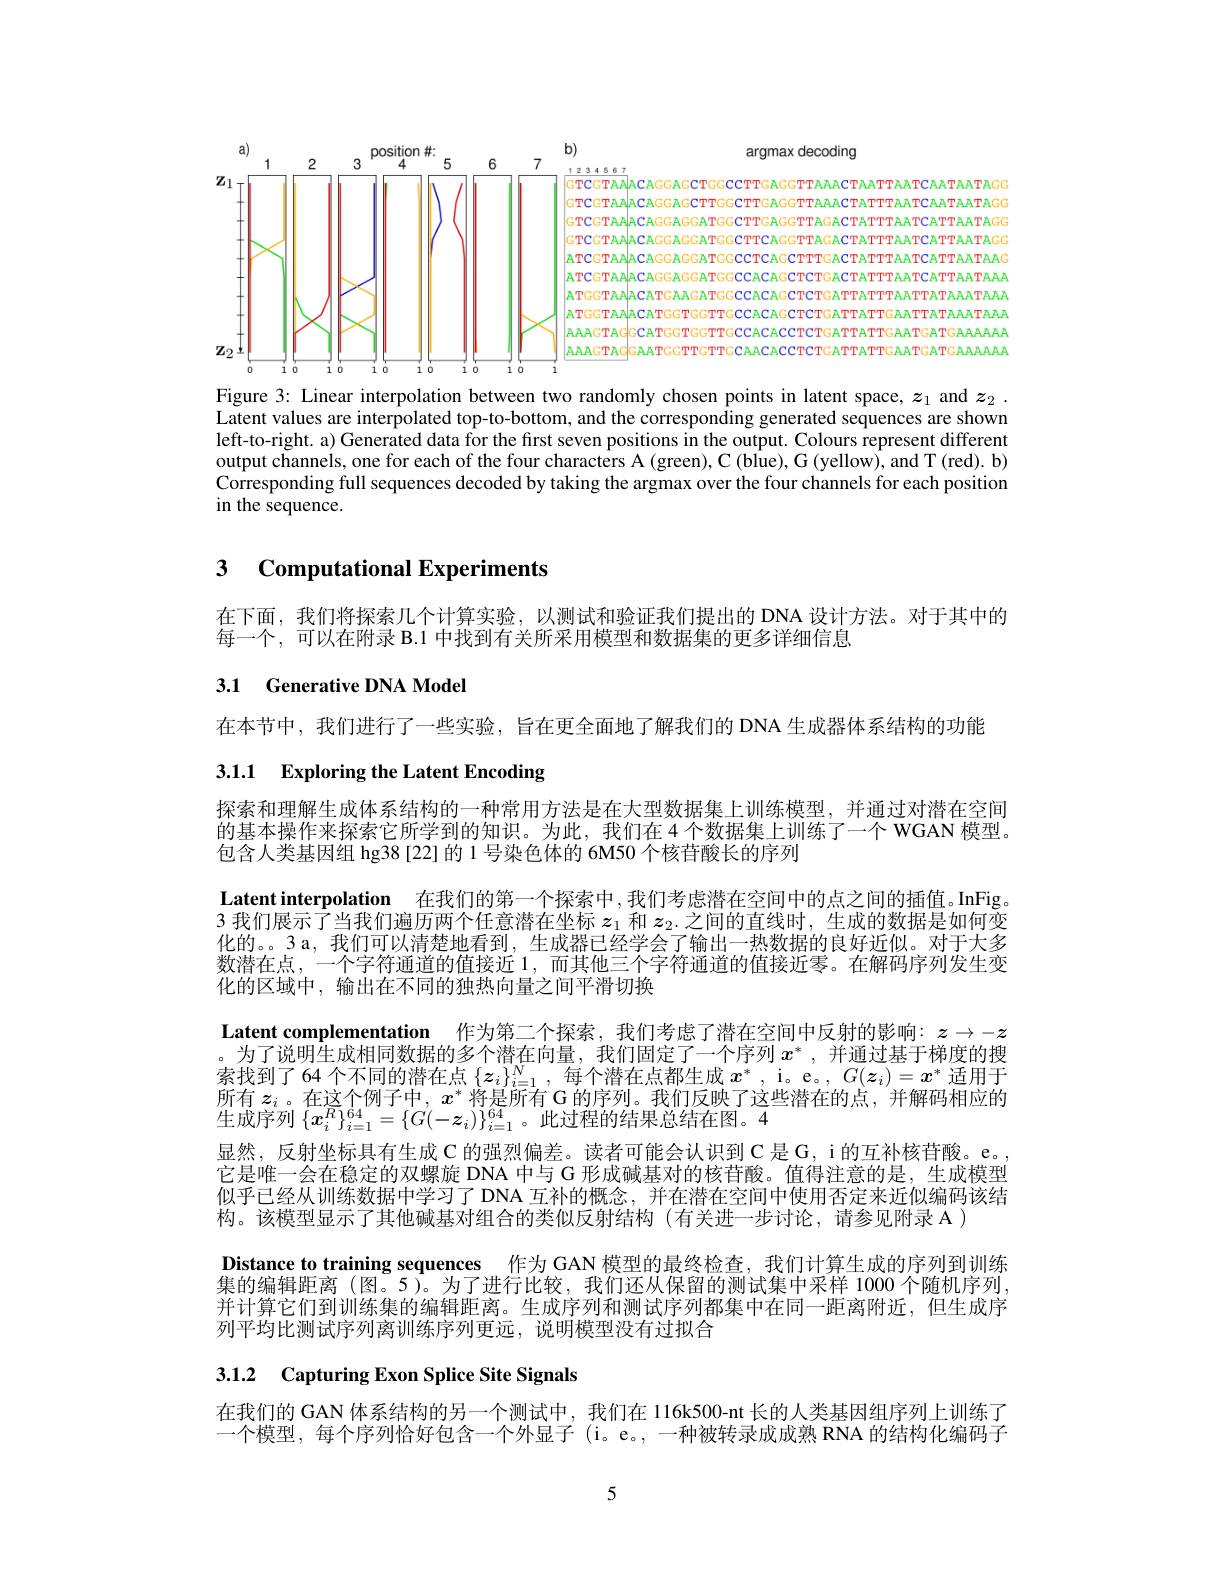
<FigureHere>

Figure 3: Linear interpolation between two randomly chosen points in latent space, $z_1$ and $z_2.$ Latent values are interpolated top-to-bottom, and the corresponding generated sequences are shown left-to-right. a) Generated data for the first seven positions in the output. Colours represent different output channels, one for each of the four characters A (green), C (blue), G (yellow), and T (red). b) Corresponding full sequences decoded by taking the argmax over the four channels for each position in the sequence.

## 3 $\textbf{Computational Experiments}$

在下面，我们将探索几个计算实验，以测试和验证我们提出的 DNA 设计方法。对于其中的
每一个，可以在附录 B.1 中找到有关所采用模型和数据集的更多详细信息

### 3.1 Generative DNA Model

在本节中，我们进行了一些实验，旨在更全面地了解我们的 DNA 生成器体系结构的功能
3.1.1 Exploring the Latent Encoding

探索和理解生成体系结构的一种常用方法是在大型数据集上训练模型，并通过对潜在空间的基本操作来探索它所学到的知识。为此，我们在4 个数据集上训练了一个 WGAN 模型。包含人类基因组 hg38 [22]的 1 号染色体的 6M50 个核苷酸长的序列
Latent interpolation 在我们的第一个探索中 ,我们考虑潜在空间中的点之间的插值。InFig。3 我们展示了当我们遍历两个任意潜在坐标$z_1$和$z_2.$之间的直线时，生成的数据是如何变化的。3 a, 我们可以清楚地看到，生成器已经学会了输出一热数据的良好近似。对于大多数潜在点，一个字符通道的值接近 1,而其他三个字符通道的值接近零。在解码序列发生变化的区域中，输出在不同的独热向量之间平滑切换
Latent complementation 作为第二个探索，我们考虑了潜在空间中反射的影响：$z\to-z$ 。为了说明生成相同数据的多个潜在向量，我们固定了一个序列$x^*$ , 并 通 过 基 于 梯 度 的 搜 索找到了64个不同的潜在点$\{z_i\}_{i=1}^N$,每个潜在点都生成$x^*$, i。e。$,G(z_i)=x^*$适用于所有$z_i$。在这个例子中，$x^*$将是所有 G 的序列。我们反映了这些潜在的点，并解码相应的生成序列$\{x_i^{R}\}_{i=1}^{64}=\{G(-\boldsymbol{z}_i)\}_{i=1}^{64}$。此过程的结果总结在图。4
显然，反射坐标具有生成 C 的强烈偏差。读者可能会认识到 C 是 G, i 的互补核苷酸。e。它是唯一会在稳定的双螺旋 DNA 中与 G 形成碱基对的核苷酸。值得注意的是，生成模型似乎已经从训练数据中学习了 DNA 互补的概念，并在潜在空间中使用否定来近似编码该结构。该模型显示了其他碱基对组合的类似反射结构(有关进一步讨论，请参见附录 A )
Distance to training sequences 作为 GAN 模型的最终检查，我们计算生成的序列到训练集的编辑距离(图。5)。为了进行比较，我们还从保留的测试集中采样 1000 个随机序列并计算它们到训练集的编辑距离。生成序列和测试序列都集中在同一距离附近，但生成序列平均比测试序列离训练序列更远，说明模型没有过拟合

# 3.1.2 Capturing Exon Splice Site Signals

在我们的 GAN 体系结构的另一个测试中，我们在 116k500-nt 长的人类基因组序列上训练了一个模型，每个序列恰好包含一个外显子 (i。e。,一种被转录成成熟 RNA 的结构化编码子

5